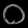
Digit: ၀